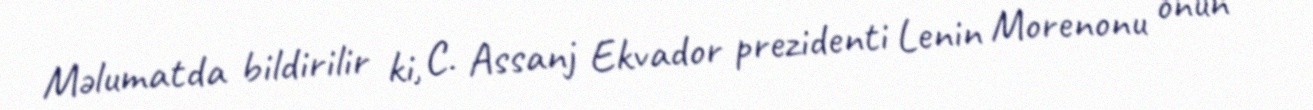
Məlumatda bildirilir ki, C. Assanj Ekvador prezidenti Lenin Morenonu onun